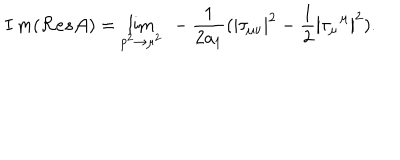
I \, m ( { \cal R } e s { \cal A } ) = \lim _ { p ^ { 2 } \rightarrow \mu ^ { 2 } } { \ - \frac 1 { 2 a _ { 1 } } ( \left| \tau _ { \mu \nu } \right| ^ { 2 } - \frac 1 2 \left| \tau _ { \mu } ^ { \, \, \, \mu } \right| ^ { 2 } ) . }